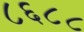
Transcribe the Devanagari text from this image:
८६८८